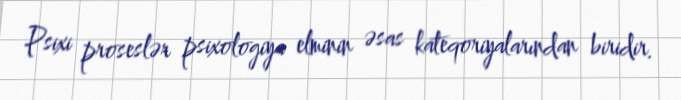
Psixi proseslər psixologiya elminin əsas kateqoriyalarından biridir.